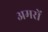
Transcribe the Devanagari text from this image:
अमरों